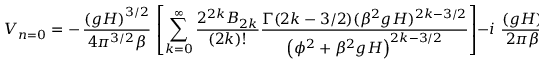
V _ { n = 0 } = - \, \frac { \left( g H \right) ^ { 3 / 2 } } { 4 \pi ^ { 3 / 2 } \beta } \, \left[ \sum _ { k = 0 } ^ { \infty } \frac { 2 ^ { 2 k } B _ { 2 k } } { ( 2 k ) ! } \frac { \Gamma ( 2 k - 3 / 2 ) ( \beta ^ { 2 } g H ) ^ { 2 k - 3 / 2 } } { \left( \phi ^ { 2 } + \beta ^ { 2 } g H \right) ^ { 2 k - 3 / 2 } } \right] - i \, \, { \frac { \left( g H \right) } { 2 \pi \beta } } ^ { 3 / 2 } \, \, \sqrt { 1 - \frac { \phi ^ { 2 } } { \beta ^ { 2 } g H } }